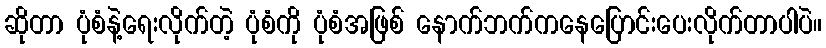
ဆိုတာ ပုံစံနဲ့ရေးလိုက်တဲ့ ပုံစံကို ပုံစံအဖြစ် နောက်ဘက်ကနေပြောင်းပေးလိုက်တာပါပဲ။